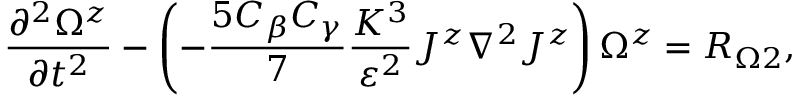
\frac { \partial ^ { 2 } \Omega ^ { z } } { \partial t ^ { 2 } } - \left( { - \frac { 5 C _ { \beta } C _ { \gamma } } { 7 } \frac { K ^ { 3 } } { \varepsilon ^ { 2 } } J ^ { z } \nabla ^ { 2 } J ^ { z } } \right) \Omega ^ { z } = R _ { \Omega 2 } ,